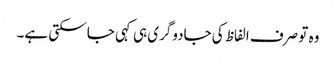
وہ تو صرف الفاظ کی جادوگری ہی کہی جا سکتی ہے۔